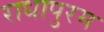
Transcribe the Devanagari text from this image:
राधापुरम